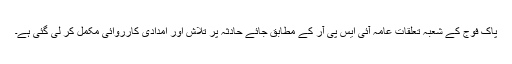
پاک فوج کے شعبہ تعلقاتِ عامہ آئی ایس پی آر کے مطابق جائے حادثہ پر تلاش اور امدادی کارروائی مکمل کر لی گئی ہے۔